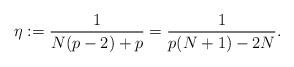
LaTeX: \begin{align*}\eta:=\frac{1}{N(p-2)+p}=\frac{1}{p(N+1)-2N}.\end{align*}